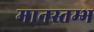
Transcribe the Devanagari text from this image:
मानस्तम्भ